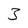
Character: 3